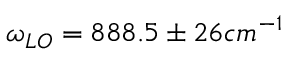
\omega _ { L O } = 8 8 8 . 5 \pm 2 6 c m ^ { - 1 }